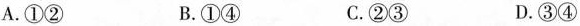
A.①② B.①④ C.②③ D.③④